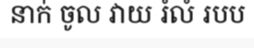
នាក់ ចូល វាយ រំលំ របប